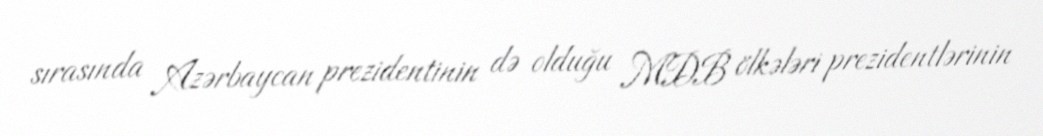
sırasında Azərbaycan prezidentinin də olduğu MDB ölkələri prezidentlərinin